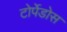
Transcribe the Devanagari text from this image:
टोर्पेडोस